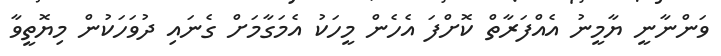
ވަންނާނީ ޔާމީނު އެއްފަރާތް ކޮށްފަ އެހެން މީހަކު އެމަގާމަށް ގެނައި ދުވަހަކުން މިޔޮތީވާ